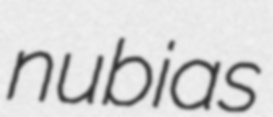
nubias